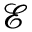
\mathscr { E }